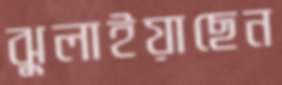
ঝুলাইয়াছেন